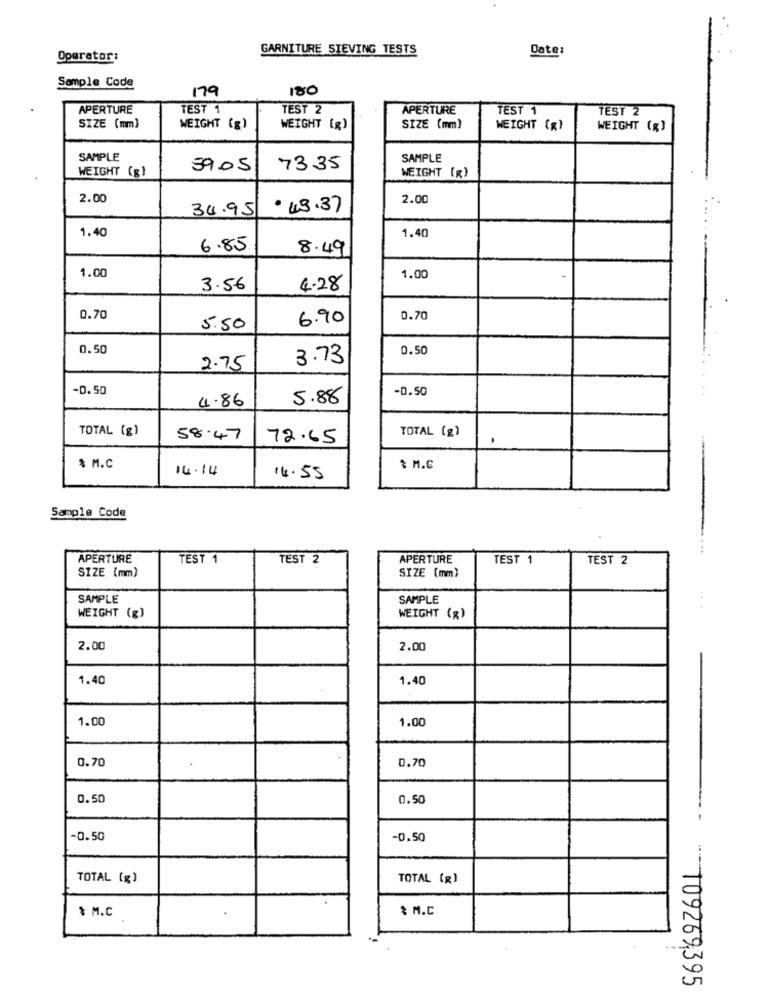
GARNITURE SIEVING TESTS
Date:
Operator:
Sample Code
179
180
APERTURE
TEST 1
TEST 2
APERTURE
TEST 1
TEST 2
SIZE (mm)
WEIGHT (g)
WEIGHT (g)
SIZE (mm)
WEIGHT (g)
WEIGHT (g)
SAMPLE
SAMPLE
WEIGHT (g)
59.05
7335
WEIGHT (g)
2.00
2.00
34.95
· 43.37
1.40
1.40
6.85
8.49
1.00
1.00
3.56
4.28
0.70
6.90
0.70
5.50
0.50
0.50
3.73
2.75
-0,50
-0.50
4.86
5.88
TOTAL (g)
TOTAL (g)
58.47
72.65
.
$ M.C
14.14
₹ M.G
16.55
Sample Code
APERTURE
TEST 1
TEST 2
APERTURE
TEST 1
TEST 2
SIZE (mm)
SIZE (mm)
SAMPLE
SAMPLE
WEIGHT (g)
WEIGHT (%)
2.00
2.00
1.40
1.40
1.00
1.00
0.70
0.70
0.50
0.50
.-
-0.50
-0.50
TOTAL (g)
TOTAL (R)
$ M.C
& M.C
-- 109269395